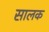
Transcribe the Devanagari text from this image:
सालक